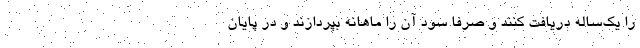
را یک‌ساله دریافت کنند و صرفا سود آن را ماهانه بپردازند و در پایان